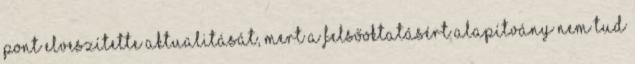
pont elveszítette aktualitását, mert a Felsőoktatásért Alapítvány nem tud